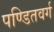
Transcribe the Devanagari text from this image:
पण्डितवर्ग